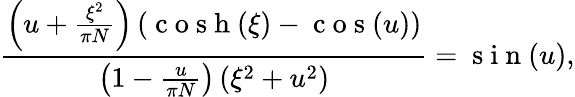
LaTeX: \frac{\left(u+\frac{\xi^{2}}{\pi N}\right)\left(\mathrm{~c~o~s~h~}(\xi)-\mathrm{~c~o~s~}(u)\right)}{\left(1-\frac{u}{\pi N}\right)\left(\xi^{2}+u^{2}\right)}=\mathrm{~s~i~n~}(u),